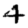
Digit: 4